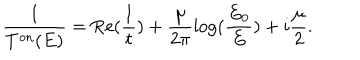
LaTeX: \frac { 1 } { T ^ { \mathrm { o n } } ( E ) } = \mathrm { R e } ( \frac { 1 } { t } ) + \frac { \mu } { 2 \pi } \log ( \frac { E _ { 0 } } { E } ) + i \frac { \mu } { 2 } .